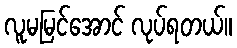
လူမမြင်အောင် လုပ်ရတယ်။